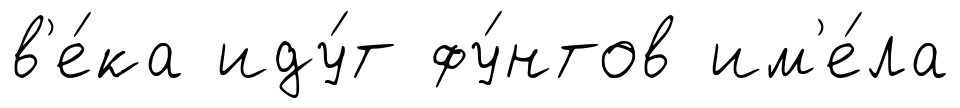
в'е́ка иду́т фу́нтов им'е́ла